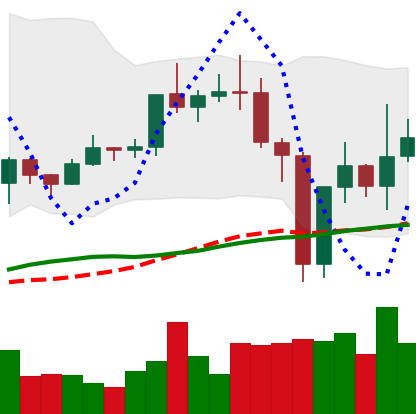
Ticker: TRX-USD
Chart end date: 2020-12-28
Forward return: -7.832%
Label: down_7plus